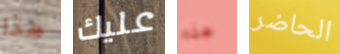
هذا عليك هذه الحاضر